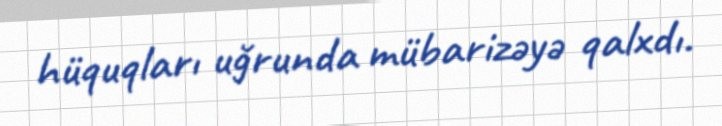
hüquqları uğrunda mübarizəyə qalxdı.